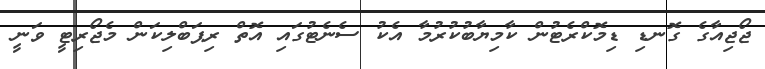
ޖޯޖިއާގެ ގޮނޑި ޑިމޮކްރެޓުން ކާމިޔާބުކުރުމާ އެކު ސެނެޓުގައި އޮތް ރިޕަބްލިކަން މެޖޯރިޓީ ވަނީ